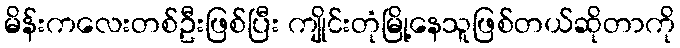
မိန်းကလေးတစ်ဦးဖြစ်ပြီး ကျိုင်းတုံမြို့နေသူဖြစ်တယ်ဆိုတာကို